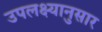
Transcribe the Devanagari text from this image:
उपलक्ष्यानुसार